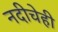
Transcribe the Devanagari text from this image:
नदीचेही